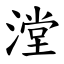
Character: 漟